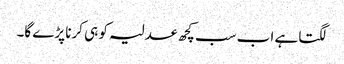
لگتا ہے اب سب کچھ عدلیہ کو ہی کرنا پڑے گا۔